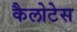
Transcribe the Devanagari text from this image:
कैलोटेस